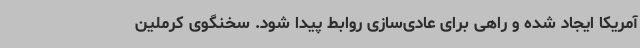
آمریکا ایجاد شده و راهی برای عادی‌سازی روابط پیدا شود. سخنگوی کرملین